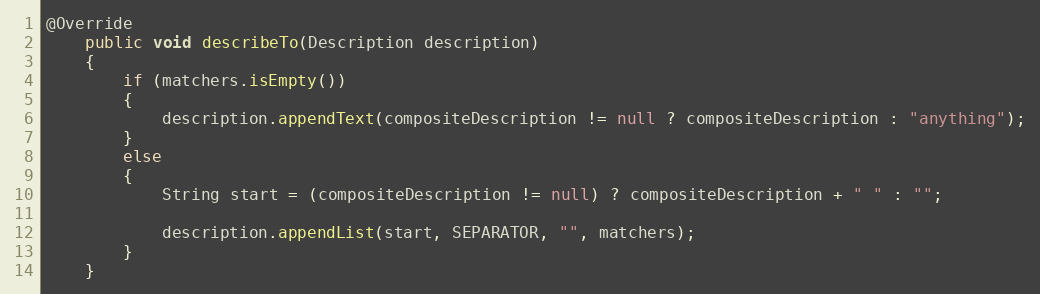
Language: Java
@Override
	public void describeTo(Description description)
	{
		if (matchers.isEmpty())
		{
			description.appendText(compositeDescription != null ? compositeDescription : "anything");
		}
		else
		{
			String start = (compositeDescription != null) ? compositeDescription + " " : "";

			description.appendList(start, SEPARATOR, "", matchers);
		}
	}